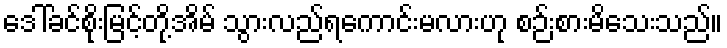
ဒေါ်ခင်စိုးမြင့်တို့အိမ် သွားလည်ရကောင်းမလားဟု စဉ်းစားမိသေးသည်။